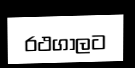
රථගාලට